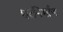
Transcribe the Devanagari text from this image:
घरनिर्माण